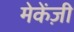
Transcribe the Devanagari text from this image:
मेकेंज़ी